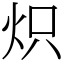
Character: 炽